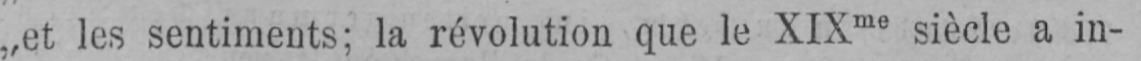
„et les sentiments; la révolution que le XIXme siècle a in-